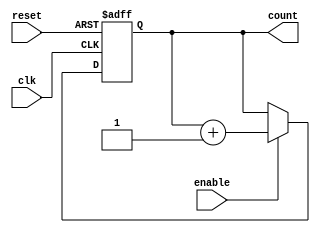
module BinaryUpCounterWithEnable (
    input wire clk,
    input wire reset,
    input wire enable,
    output reg [3:0] count
);

always @(posedge clk or posedge reset) begin
    if (reset) begin
        count <= 4'b0000;
    end else if (enable) begin
        count <= count + 1;
    end
end

endmodule